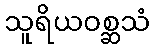
သူရိယဝစ္ဆသံ